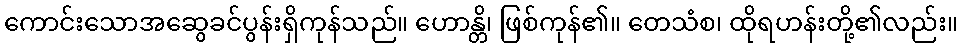
ကောင်းသောအဆွေခင်ပွန်းရှိကုန်သည်။ ဟောန္တိ၊ ဖြစ်ကုန်၏။ တေသံစ၊ ထိုရဟန်းတို့၏လည်း။